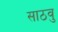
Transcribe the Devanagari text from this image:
साठवु